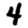
Digit: 4